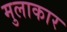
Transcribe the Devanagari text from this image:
मुलाकार